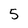
Character: 5